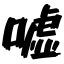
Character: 嘘